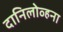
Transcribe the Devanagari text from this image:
दानिलोव्हना